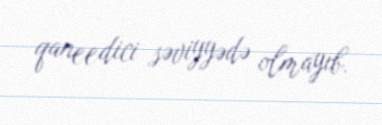
qaneedici səviyyədə olmayıb.